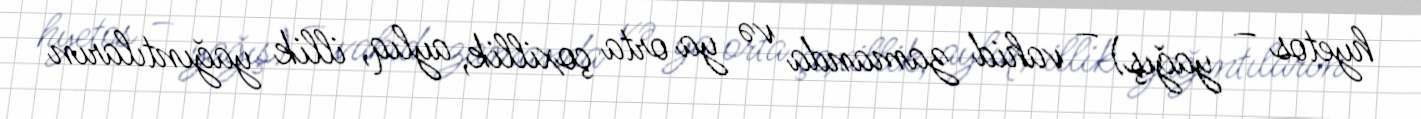
hyetos – yağış) – vahid zamanda və ya orta çoxillik, aylıq, illik yağıntıların